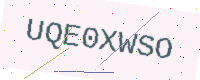
Text: UQE0XWSO